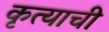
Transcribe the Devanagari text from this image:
कृत्याची